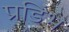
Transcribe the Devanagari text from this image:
प्रडिंभ